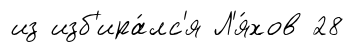
из изб'ира́лс'я Л'я́хов 28